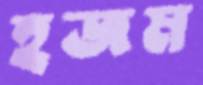
হজম